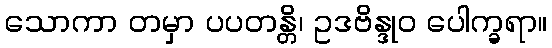
သောကာ တမှာ ပပတန္တိ၊ ဥဒဗိန္ဒုဝ ပေါက္ခရာ။